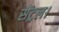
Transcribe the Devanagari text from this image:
सेंट्रल।